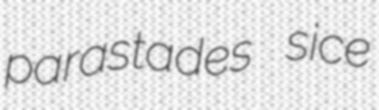
parastades sice